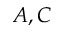
A , C